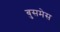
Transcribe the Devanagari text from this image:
बुसमेस